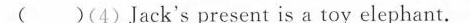
()(4)Jack's present is a toy elephant.